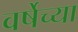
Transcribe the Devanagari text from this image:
वर्षेच्या